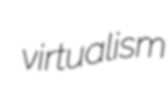
virtualism